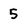
Character: 5